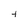
Character: t